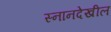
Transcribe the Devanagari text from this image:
स्नानदेखील